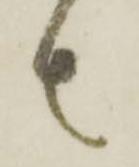
者